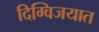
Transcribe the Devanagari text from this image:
दिग्विजयात